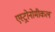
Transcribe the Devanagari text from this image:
एस्ट्रोनोमीकल